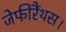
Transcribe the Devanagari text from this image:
जेफीरैंथस।